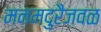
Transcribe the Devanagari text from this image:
मनमदुरैजवळ